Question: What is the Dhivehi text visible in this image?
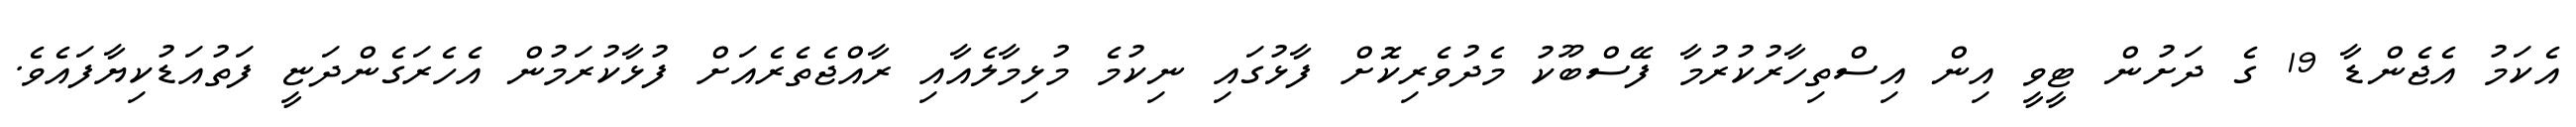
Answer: އެކަމު އެޖެންޑާ 19 ގެ ދަށުން ޓީވީ އިން އިސްތިހާރުކުރުމާ ފޭސްބޫކު މެދުވެރިކޮށް ފާޅުގައި ނިކުމެ މުޅިމާލެއާއި ރާއްޖެތެރެއަށް ފުޅާކުރަމުން އެހެރަގެންދަޏީ ފަތުއަޑުކިޔާފައެވެ.